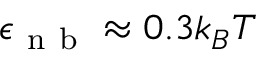
\epsilon _ { \mathrm { ~ n ~ b ~ } } \approx 0 . 3 k _ { B } T